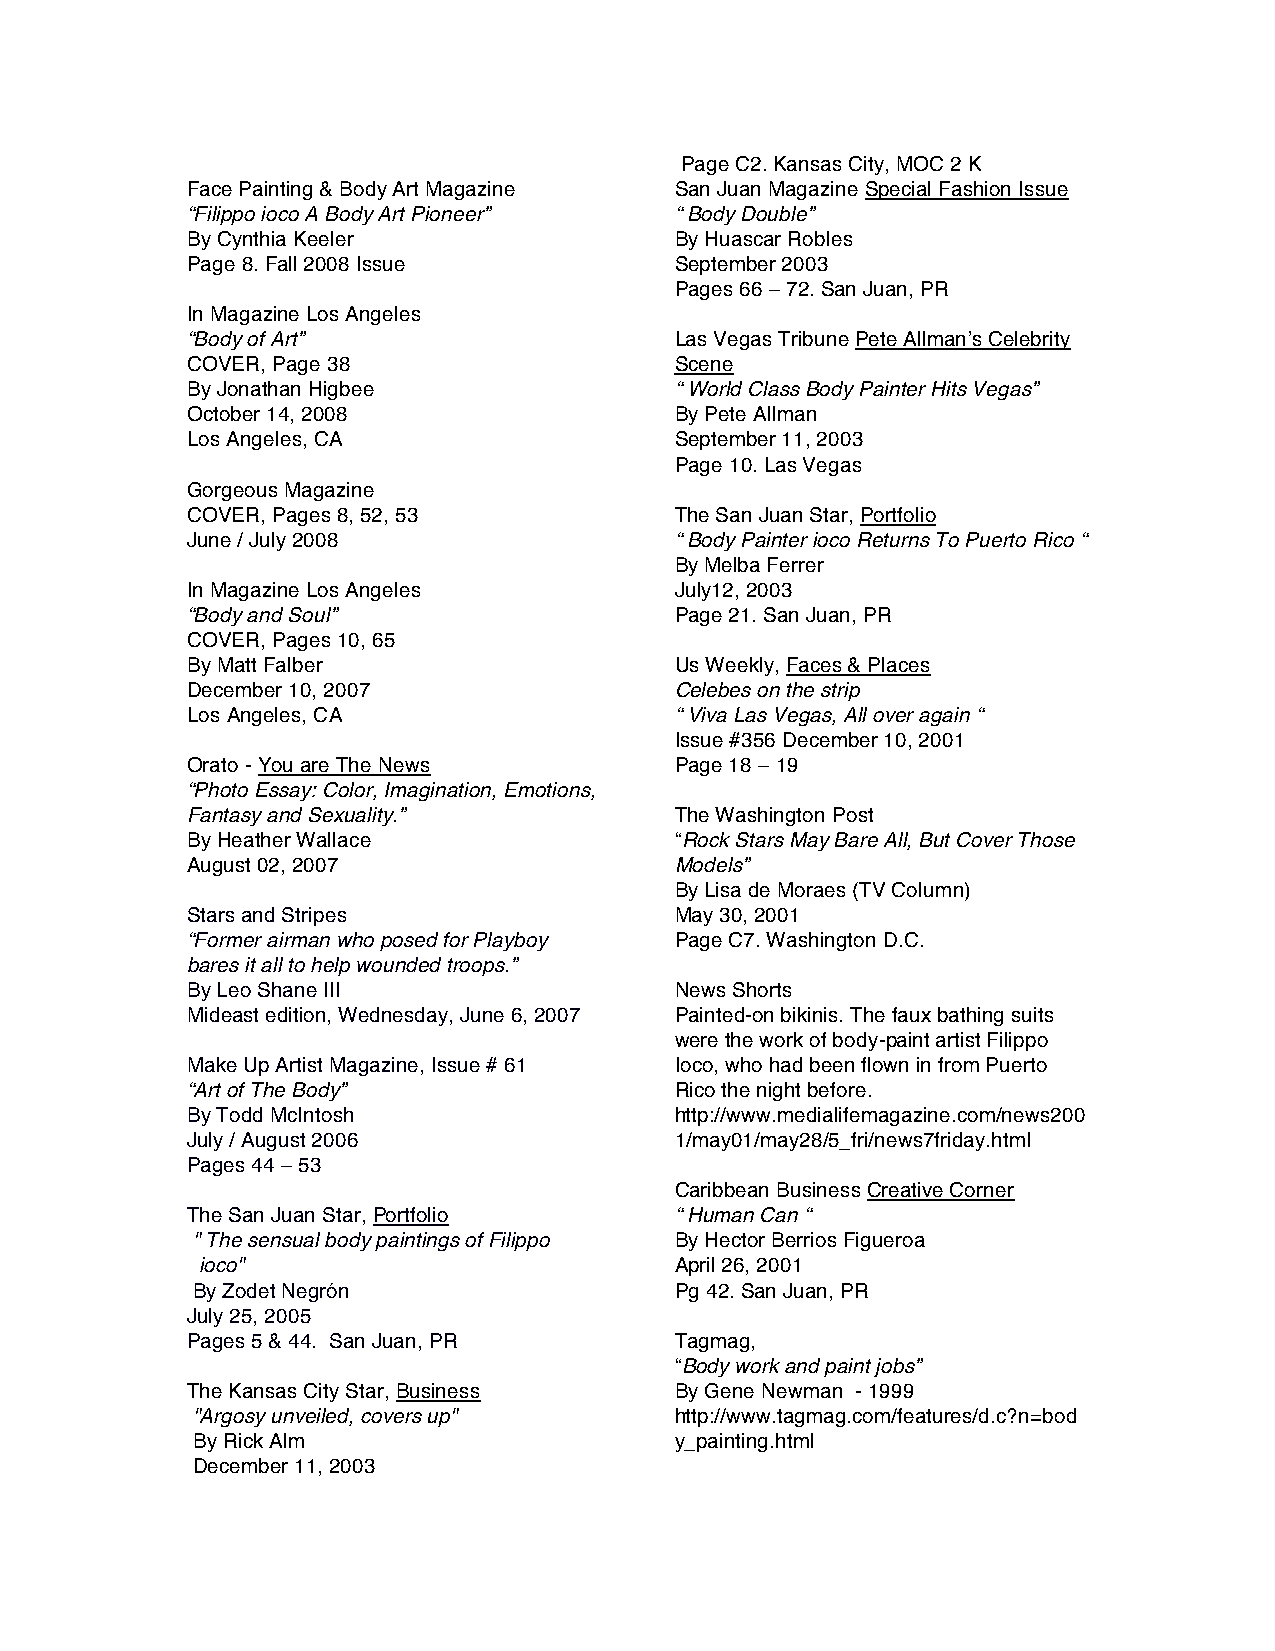
Page C2. Kansas City, MOC 2 Ka
 Face Painting & Body Art Magazine San Juan Magazine Special Fashion Issue
 “Filippo ioco A Body Art Pioneer” “ Body Double”
 By Cynthia Keeler                By Huascar Robles
 Page 8. Fall 2008 Issue          September 2003
 Pages 66 – 72. San Juan, PR
 In Magazine Los Angeles
 “Body of Art”                    Las Vegas Tribune Pete Allman’s Celebrity
 COVER, Page 38                   Scene
 By Jonathan Higbee               “ World Class Body Painter Hits Vegas”
 October 14, 2008                 By Pete Allman
 Los Angeles, CA                  September 11, 2003
 Page 10. Las Vegas
 Gorgeous Magazine
 COVER, Pages 8, 52, 53           The San Juan Star, Portfolio
 June / July 2008                 “ Body Painter ioco Returns To Puerto Rico “
 By Melba Ferrer
 In Magazine Los Angeles          July12, 2003
 “Body and Soul”                  Page 21. San Juan, PR
 COVER, Pages 10, 65
 By Matt Falber                   Us Weekly, Faces & Places
 December 10, 2007                Celebes on the strip
 Los Angeles, CA                  “ Viva Las Vegas, All over again “
 Issue #356 December 10, 2001
 Orato - You are The News         Page 18 – 19
 “Photo Essay: Color, Imagination, Emotions,
 Fantasy and Sexuality.”          The Washington Post
 By Heather Wallace               “Rock Stars May Bare All, But Cover Those
 August 02, 2007                  Models”
 By Lisa de Moraes (TV Column)
 Stars and Stripes                May 30, 2001
 “Former airman who posed for Playboy Page C7. Washington D.C.
 bares it all to help wounded troops.”
 By Leo Shane III                 News Shorts
 Mideast edition, Wednesday, June 6, 2007 Painted-on bikinis. The faux bathing suits
 were the work of body-paint artist Filippo
 Make Up Artist Magazine, Issue # 61 Ioco, who had been flown in from Puerto
 “Art of The Body”                Rico the night before.
 By Todd McIntosh                 http://www.medialifemagazine.com/news200
 July / August 2006               1/may01/may28/5_fri/news7friday.html
 Pages 44 – 53
 Caribbean Business Creative Corner
 The San Juan Star, Portfolio     “ Human Can “
 " The sensual body paintings of Filippo By Hector Berrios Figueroa
 ioco"                           April 26, 2001
 By Zodet Negrón                 Pg 42. San Juan, PR
 July 25, 2005
 Pages 5 & 44. San Juan, PR       Tagmag,
 “Body work and paint jobs”
 The Kansas City Star, Business   By Gene Newman - 1999
 "Argosy unveiled, covers up"    http://www.tagmag.com/features/d.c?n=bod
 By Rick Alm                     y_painting.html
 December 11, 2003